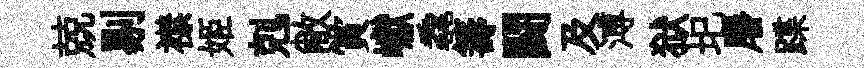
兢剔襟姬剋敝賞巘毳籌闘及溥狱圯屠蹀